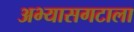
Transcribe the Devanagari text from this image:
अभ्यासगटाला